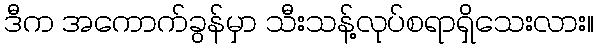
ဒီက အကောက်ခွန်မှာ သီးသန့်လုပ်စရာရှိသေးလား။